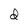
Character: d